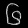
Digit: ၆